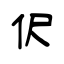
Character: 伬